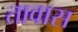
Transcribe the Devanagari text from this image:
तावास